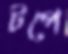
টপে